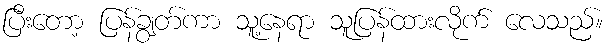
ပြီးတော့ ပြန်ချွတ်ကာ သူ့နေရာ သူပြန်ထားလိုက် လေသည်။